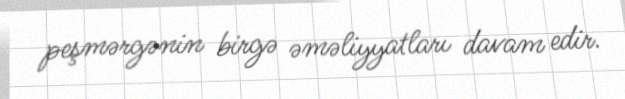
peşmərgənin birgə əməliyyatları davam edir.